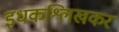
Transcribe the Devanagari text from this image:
इधकश्लिखकर